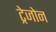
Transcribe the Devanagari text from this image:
ट्रेजोन